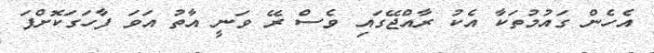
އެހެން ގައުމުތަކާ އެކު ރާއްޖޭގައި ވެސް ރޭ ވަނީ އާތު އަވަ ފާހަގަކޮށްފަ